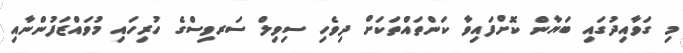
މި ގަވާއިދުގައި ބަޔާން ކޮށްފައިވާ ކަންތައްތަކަށް ދިވެހި ސިވިލް ސަރވިސްގެ ހުރިހައި މުވައްޒަފުންނާއި